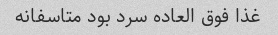
غذا فوق العاده سرد بود متاسفانه